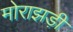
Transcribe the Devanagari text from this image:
मोराझड़ी